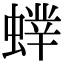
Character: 𧎲